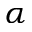
\alpha